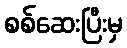
စစ်ဆေးပြီးမှ